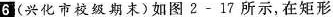
6(兴化市校级期末)如图2-17所示，在矩形